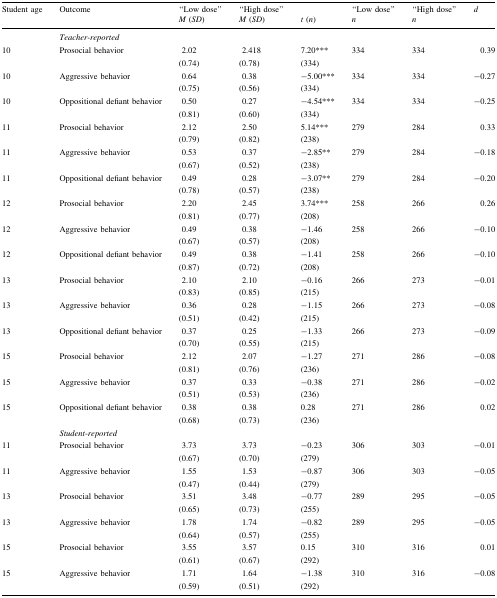
<table><thead><tr><td rowspan="2"><b>Student age</b></td><td rowspan="2"><b>Outcome</b></td><td><b>“Low dose”</b></td><td><b>“High dose”</b></td><td></td><td><b>“Low dose”</b></td><td><b>“High dose”</b></td><td rowspan="2"><b><i>d</i></b></td></tr><tr><td><b><i>M</i> (<i>SD</i>)</b></td><td><b><i>M</i> (<i>SD</i>)</b></td><td><b><i>t</i> (<i>n</i>)</b></td><td><b><i>n</i></b></td><td><b><i>n</i></b></td></tr></thead><tbody><tr><td></td><td colspan="7"><i>Teacher-reported</i></td></tr><tr><td rowspan="2">10</td><td rowspan="2">Prosocial behavior</td><td>2.02</td><td>2.418</td><td>7.20***</td><td rowspan="2">334</td><td rowspan="2">334</td><td rowspan="2">0.39</td></tr><tr><td>(0.74)</td><td>(0.78)</td><td>(334)</td></tr><tr><td rowspan="2">10</td><td rowspan="2">Aggressive behavior</td><td>0.64</td><td>0.38</td><td>−5.00***</td><td rowspan="2">334</td><td rowspan="2">334</td><td rowspan="2">−0.27</td></tr><tr><td>(0.75)</td><td>(0.56)</td><td>(334)</td></tr><tr><td rowspan="2">10</td><td rowspan="2">Oppositional defiant behavior</td><td>0.50</td><td>0.27</td><td>−4.54***</td><td rowspan="2">334</td><td rowspan="2">334</td><td rowspan="2">−0.25</td></tr><tr><td>(0.81)</td><td>(0.60)</td><td>(334)</td></tr><tr><td rowspan="2">11</td><td rowspan="2">Prosocial behavior</td><td>2.12</td><td>2.50</td><td>5.14***</td><td rowspan="2">279</td><td rowspan="2">284</td><td rowspan="2">0.33</td></tr><tr><td>(0.79)</td><td>(0.82)</td><td>(238)</td></tr><tr><td rowspan="2">11</td><td rowspan="2">Aggressive behavior</td><td>0.53</td><td>0.37</td><td>−2.85**</td><td rowspan="2">279</td><td rowspan="2">284</td><td rowspan="2">−0.18</td></tr><tr><td>(0.67)</td><td>(0.52)</td><td>(238)</td></tr><tr><td rowspan="2">11</td><td rowspan="2">Oppositional defiant behavior</td><td>0.49</td><td>0.28</td><td>−3.07**</td><td rowspan="2">279</td><td rowspan="2">284</td><td rowspan="2">−0.20</td></tr><tr><td>(0.78)</td><td>(0.57)</td><td>(238)</td></tr><tr><td rowspan="2">12</td><td rowspan="2">Prosocial behavior</td><td>2.20</td><td>2.45</td><td>3.74***</td><td rowspan="2">258</td><td rowspan="2">266</td><td rowspan="2">0.26</td></tr><tr><td>(0.81)</td><td>(0.77)</td><td>(208)</td></tr><tr><td rowspan="2">12</td><td rowspan="2">Aggressive behavior</td><td>0.49</td><td>0.38</td><td>−1.46</td><td rowspan="2">258</td><td rowspan="2">266</td><td rowspan="2">−0.10</td></tr><tr><td>(0.67)</td><td>(0.57)</td><td>(208)</td></tr><tr><td rowspan="2">12</td><td rowspan="2">Oppositional defiant behavior</td><td>0.49</td><td>0.38</td><td>−1.41</td><td rowspan="2">258</td><td rowspan="2">266</td><td rowspan="2">−0.10</td></tr><tr><td>(0.87)</td><td>(0.72)</td><td>(208)</td></tr><tr><td rowspan="2">13</td><td rowspan="2">Prosocial behavior</td><td>2.10</td><td>2.10</td><td>−0.16</td><td rowspan="2">266</td><td rowspan="2">273</td><td rowspan="2">−0.01</td></tr><tr><td>(0.83)</td><td>(0.85)</td><td>(215)</td></tr><tr><td rowspan="2">13</td><td rowspan="2">Aggressive behavior</td><td>0.36</td><td>0.28</td><td>−1.15</td><td rowspan="2">266</td><td rowspan="2">273</td><td rowspan="2">−0.08</td></tr><tr><td>(0.51)</td><td>(0.42)</td><td>(215)</td></tr><tr><td rowspan="2">13</td><td rowspan="2">Oppositional defiant behavior</td><td>0.37</td><td>0.25</td><td>−1.33</td><td rowspan="2">266</td><td rowspan="2">273</td><td rowspan="2">−0.09</td></tr><tr><td>(0.70)</td><td>(0.55)</td><td>(215)</td></tr><tr><td rowspan="2">15</td><td rowspan="2">Prosocial behavior</td><td>2.12</td><td>2.07</td><td>−1.27</td><td rowspan="2">271</td><td rowspan="2">286</td><td rowspan="2">−0.08</td></tr><tr><td>(0.81)</td><td>(0.76)</td><td>(236)</td></tr><tr><td rowspan="2">15</td><td rowspan="2">Aggressive behavior</td><td>0.37</td><td>0.33</td><td>−0.38</td><td rowspan="2">271</td><td rowspan="2">286</td><td rowspan="2">−0.02</td></tr><tr><td>(0.51)</td><td>(0.53)</td><td>(236)</td></tr><tr><td rowspan="2">15</td><td rowspan="2">Oppositional defiant behavior</td><td>0.38</td><td>0.38</td><td>0.28</td><td rowspan="2">271</td><td rowspan="2">286</td><td rowspan="2">0.02</td></tr><tr><td>(0.68)</td><td>(0.73)</td><td>(236)</td></tr><tr><td></td><td colspan="7"><i>Student</i>-<i>reported</i></td></tr><tr><td rowspan="2">11</td><td rowspan="2">Prosocial behavior</td><td>3.73</td><td>3.73</td><td>−0.23</td><td rowspan="2">306</td><td rowspan="2">303</td><td rowspan="2">−0.01</td></tr><tr><td>(0.67)</td><td>(0.70)</td><td>(279)</td></tr><tr><td rowspan="2">11</td><td rowspan="2">Aggressive behavior</td><td>1.55</td><td>1.53</td><td>−0.87</td><td rowspan="2">306</td><td rowspan="2">303</td><td rowspan="2">−0.05</td></tr><tr><td>(0.47)</td><td>(0.44)</td><td>(279)</td></tr><tr><td rowspan="2">13</td><td rowspan="2">Prosocial behavior</td><td>3.51</td><td>3.48</td><td>−0.77</td><td rowspan="2">289</td><td rowspan="2">295</td><td rowspan="2">−0.05</td></tr><tr><td>(0.65)</td><td>(0.73)</td><td>(255)</td></tr><tr><td rowspan="2">13</td><td rowspan="2">Aggressive behavior</td><td>1.78</td><td>1.74</td><td>−0.82</td><td rowspan="2">289</td><td rowspan="2">295</td><td rowspan="2">−0.05</td></tr><tr><td>(0.64)</td><td>(0.57)</td><td>(255)</td></tr><tr><td rowspan="2">15</td><td rowspan="2">Prosocial behavior</td><td>3.55</td><td>3.57</td><td>0.15</td><td rowspan="2">310</td><td rowspan="2">316</td><td rowspan="2">0.01</td></tr><tr><td>(0.61)</td><td>(0.67)</td><td>(292)</td></tr><tr><td rowspan="2">15</td><td rowspan="2">Aggressive behavior</td><td>1.71</td><td>1.64</td><td>−1.38</td><td rowspan="2">310</td><td rowspan="2">316</td><td rowspan="2">−0.08</td></tr><tr><td>(0.59)</td><td>(0.51)</td><td>(292)</td></tr></tbody></table>